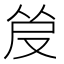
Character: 𰆿